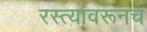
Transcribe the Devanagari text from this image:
रस्त्यांवरूनच